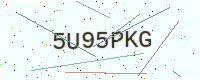
Text: 5U95PKG